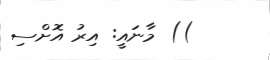
)) މާނައީ: އިރު އޮށްސި